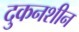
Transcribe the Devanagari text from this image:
दुकनशीन